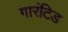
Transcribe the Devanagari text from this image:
गारंटिड